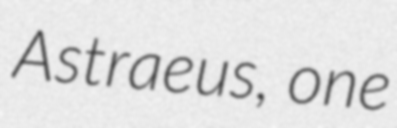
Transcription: Astraeus, one